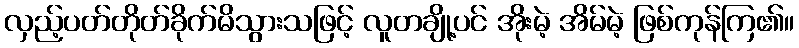
လှည့်ပတ်တိုတ်ခိုက်မိသွားသဖြင့် လူတချို့ပင် အိုးမဲ့ အိမ်မဲ့ ဖြစ်ကုန်ကြ၏။